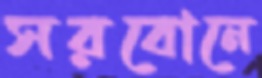
সরবোনে